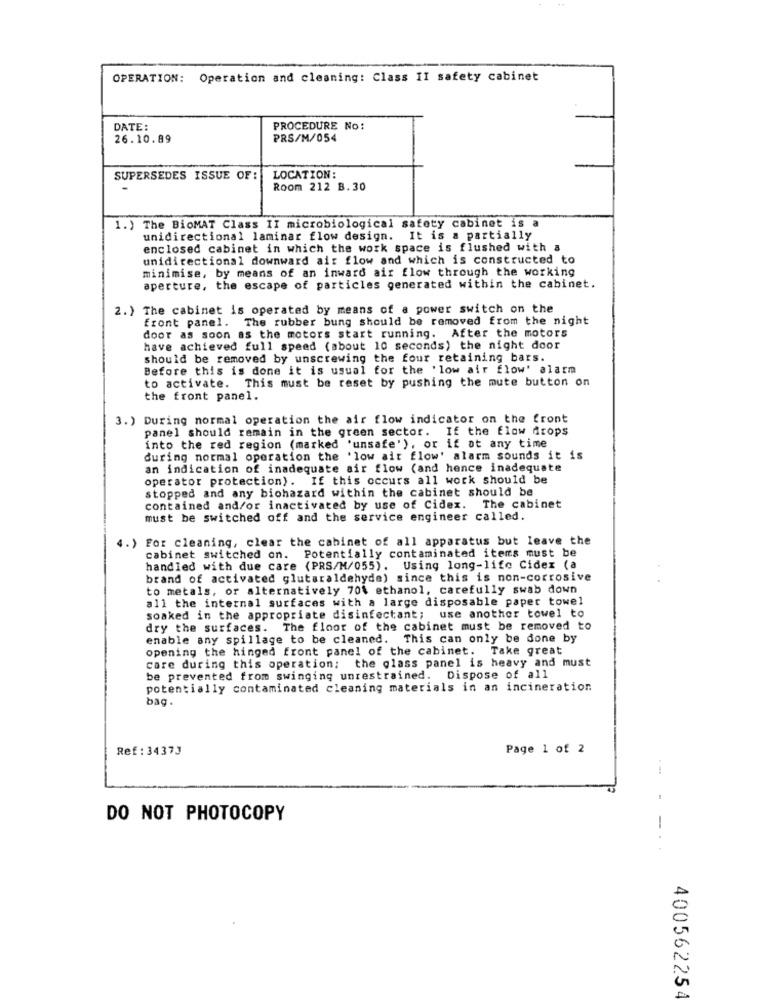
OPERATION: Operation and cleaning: Class II safety cabinet
DATE:
PROCEDURE No:
26.10.89
PRS/M/054
SUPERSEDES ISSUE OF:
LOCATION:
Room 212 B.30
1.) The BioMAT Class II microbiological safety cabinet is a
unidirectional laminar flow design. It is a partially
enclosed cabinet in which the work space is flushed with a
unidirectional downward air flow and which is constructed to
minimise, by means of an inward air flow through the working
aperture, the escape of particles generated within the cabinet.
2.) The cabinet is operated by means of a power switch on the
front panel. The rubber bung should be removed from the night
door as soon as the motors start running. After the motors
have achieved full speed (about 10 seconds) the night door
should be removed by unscrewing the four retaining bars.
Before this is done it is usual for the 'low air flow' alarm
to activate. This must be reset by pushing the mute button on
the front panel.
3. ) During normal operation the air flow indicator on the front
panel should remain in the green sector. If the flow drops
into the red region (marked 'unsafe'), or if at any time
during normal operation the 'low air flow' alarm sounds it is
an indication of inadequate air flow (and hence inadequate
operator protection). If this occurs all work should be
stopped and any biohazard within the cabinet should be
contained and/or inactivated by use of Cidex. The cabinet
must be switched off and the service engineer called.
4.)
For cleaning, clear the cabinet of all apparatus but leave the
cabinet switched on. Potentially contaminated items must be
handled with due care (PRS/M/055). Using long-life Cider (a
brand of activated glutaraldehyde) since this is non-corrosive
to metals, or alternatively 70% ethanol, carefully swab down
all the internal surfaces with a large disposable paper towel
soaked in the appropriate disinfectant; use another towel to
dry the surfaces. The floor of the cabinet must be removed to
enable any spillage to be cleaned. This can only be done by
opening the hinged front panel of the cabinet. Take great
care during this operation; the glass panel is heavy and must
be prevented from swinging unrestrained. Dispose of all
potentially contaminated cleaning materials in an incineration
bag.
Ref : 34373
Page 1 of 2
DO NOT PHOTOCOPY
-
400562254